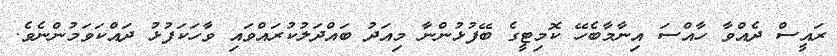
ރައީސް ދެއްވާ ހާއްސަ އިނާމާބެހޭ ކޮމިޓީގެ ބޭފުޅުންނާ މިއަދު ބައްދަލުކުރައްވައި ވާހަކަފުޅު ދައްކަވަމުންނެވެ.